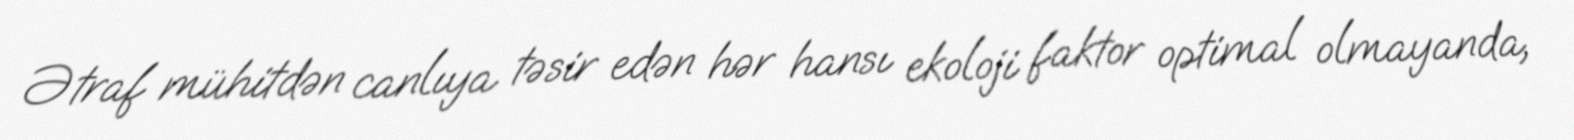
Ətraf mühitdən canlıya təsir edən hər hansı ekoloji faktor optimal olmayanda,